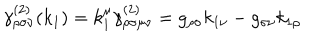
\gamma _ { \rho \sigma \nu } ^ { ( 2 ) } ( k _ { 1 } ) = k _ { 1 } ^ { \mu } \gamma _ { \rho \sigma \mu \nu } ^ { ( 2 ) } = g _ { \rho \sigma } k _ { 1 \nu } - g _ { \sigma \nu } k _ { 1 \rho }